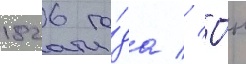
1826 го́да // О́н